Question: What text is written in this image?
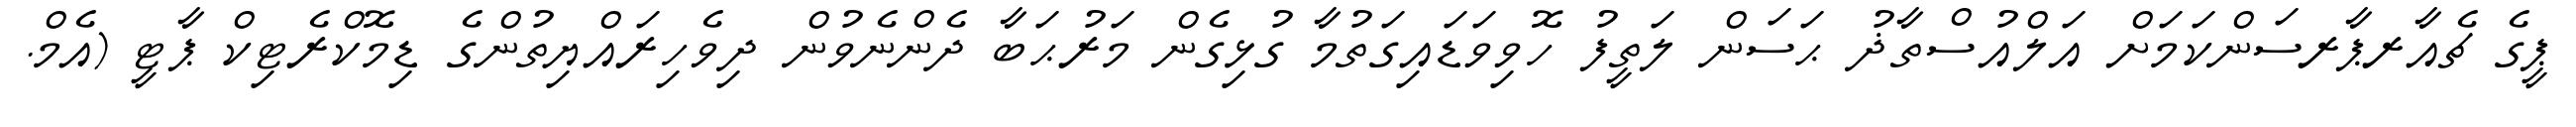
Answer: ޕީގެ ޗެއާރޕާރސަންކަމަށް އަލްއުސްތާޛު ޙަސަން ލަތީފު ހޮވިވަޑައިގަތުމާ ގުޅިގެން މަރުޙަބާ ދެންނެވުން ދިވެހިރައްޔިތުންގެ ޑިމޮކްރެޓިކް ޕާޓީ (އެމް.